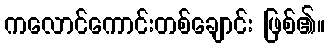
ကလောင်ကောင်းတစ်ချောင်း ဖြစ်၏။